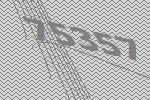
75357